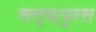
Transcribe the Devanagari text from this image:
सल्फ़यूरस